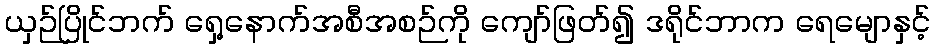
ယှဉ်ပြိုင်ဘက် ရှေ့နောက်အစီအစဉ်ကို ကျော်ဖြတ်၍ ဒရိုင်ဘာက ရေမျောနှင့်